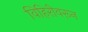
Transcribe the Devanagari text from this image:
विहिरीवरून